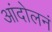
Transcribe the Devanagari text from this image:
आंदोलनं